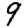
Digit: 9